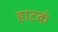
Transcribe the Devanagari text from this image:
हाटकं